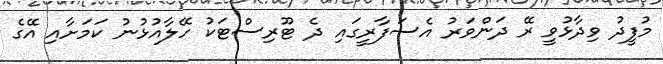
މުފީދު ވިދާޅުވީ ރޭ ދަންވަރު އެސަފާރީގައި ދެ ޓޫރިސްޓަކު ހޭލާއުޅުނު ކަމަށާއި އޭގެ